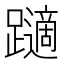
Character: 𲄏